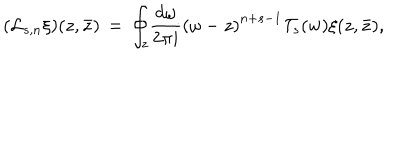
LaTeX: ( \mathcal { L } _ { s , n } \xi ) ( z , \bar { z } ) \, = \, { \oint _ { z } } { \frac { d \omega } { 2 \pi i } { ( \omega - z ) } ^ { n + s - 1 } \mathcal { T } _ { s } ( w ) \xi ( z , \bar { z } ) } ,